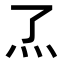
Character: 𬼹